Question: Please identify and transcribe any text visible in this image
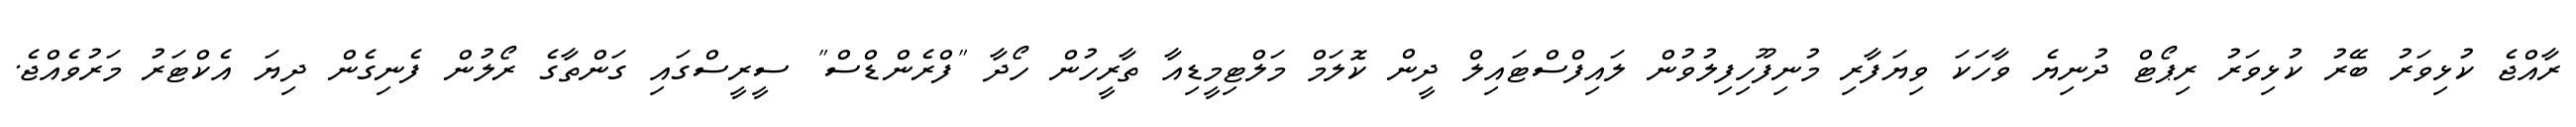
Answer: ރާއްޖެ ކުޅިވަރު ބޭރު ކުޅިވަރު ރިޕޯޓް ދުނިޔެ ވާހަކަ ވިޔަފާރި މުނިފޫހިފިލުވުން ލައިފްސްޓައިލް ދީން ކޮލަމް މަލްޓިމީޑިއާ ތާރީހުން ހޯދާ "ފްރެންޑްސް" ސީރީސްގައި ގަންތާގެ ރޯލުން ފެނިގެން ދިޔަ އެކްޓަރު މަރުވެއްޖެ.